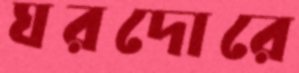
ঘরদোরে